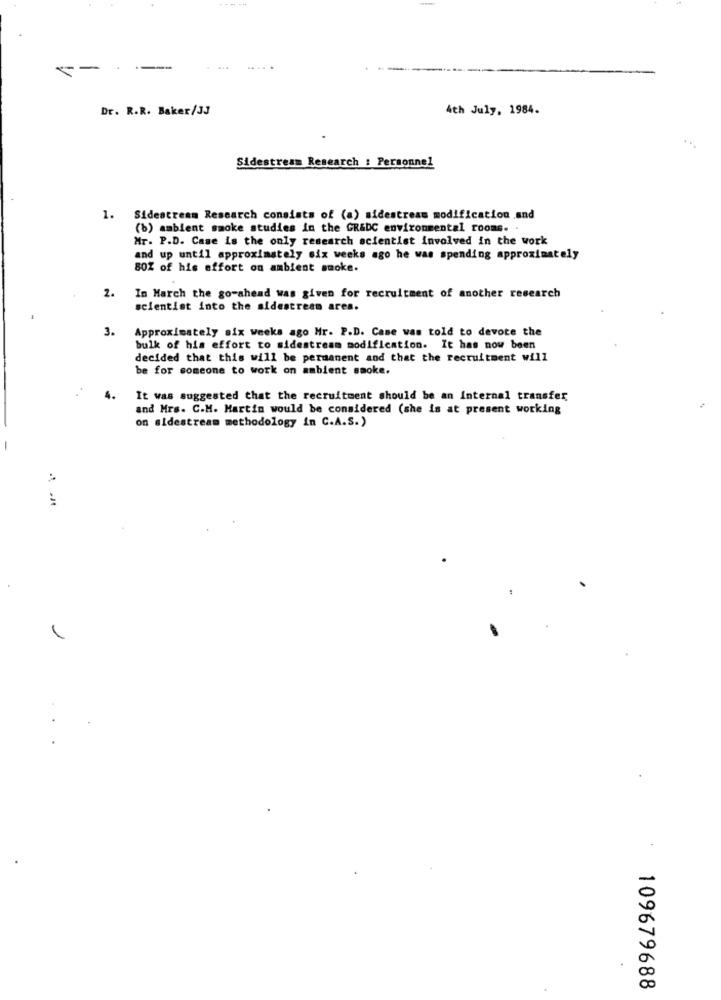
--
----
Dr. R.R. Baker/3J
4th July, 1984.
Sidestream Research : Personnel
1. Sidestream Research consists of (a) sidestream modification and
(b) ambient smoke studies in the GR&DC environmental rooms.
Mr. P.D. Case is the only research scientist involved in the work
and up until approximately six weeks ago he was spending approximately
80% of his effort on ambient smoke.
2.
In March the go-ahead was given for recruitment of another research
scientist into the sidestream ares.
3.
Approximately six weeks ago Mr. P.D. Case was told to devote the
bulk of his effort to sidestream modification. It has now been
decided that this will be permanent and that the recruitment will
be for someone to work on ambient smoke.
4.
It was suggested that the recruitment should be an Internal transfer
and Mrs. C.M. Martin would be considered (she is at present working
on sidestream methodology in C.A.S.)
1
109679688